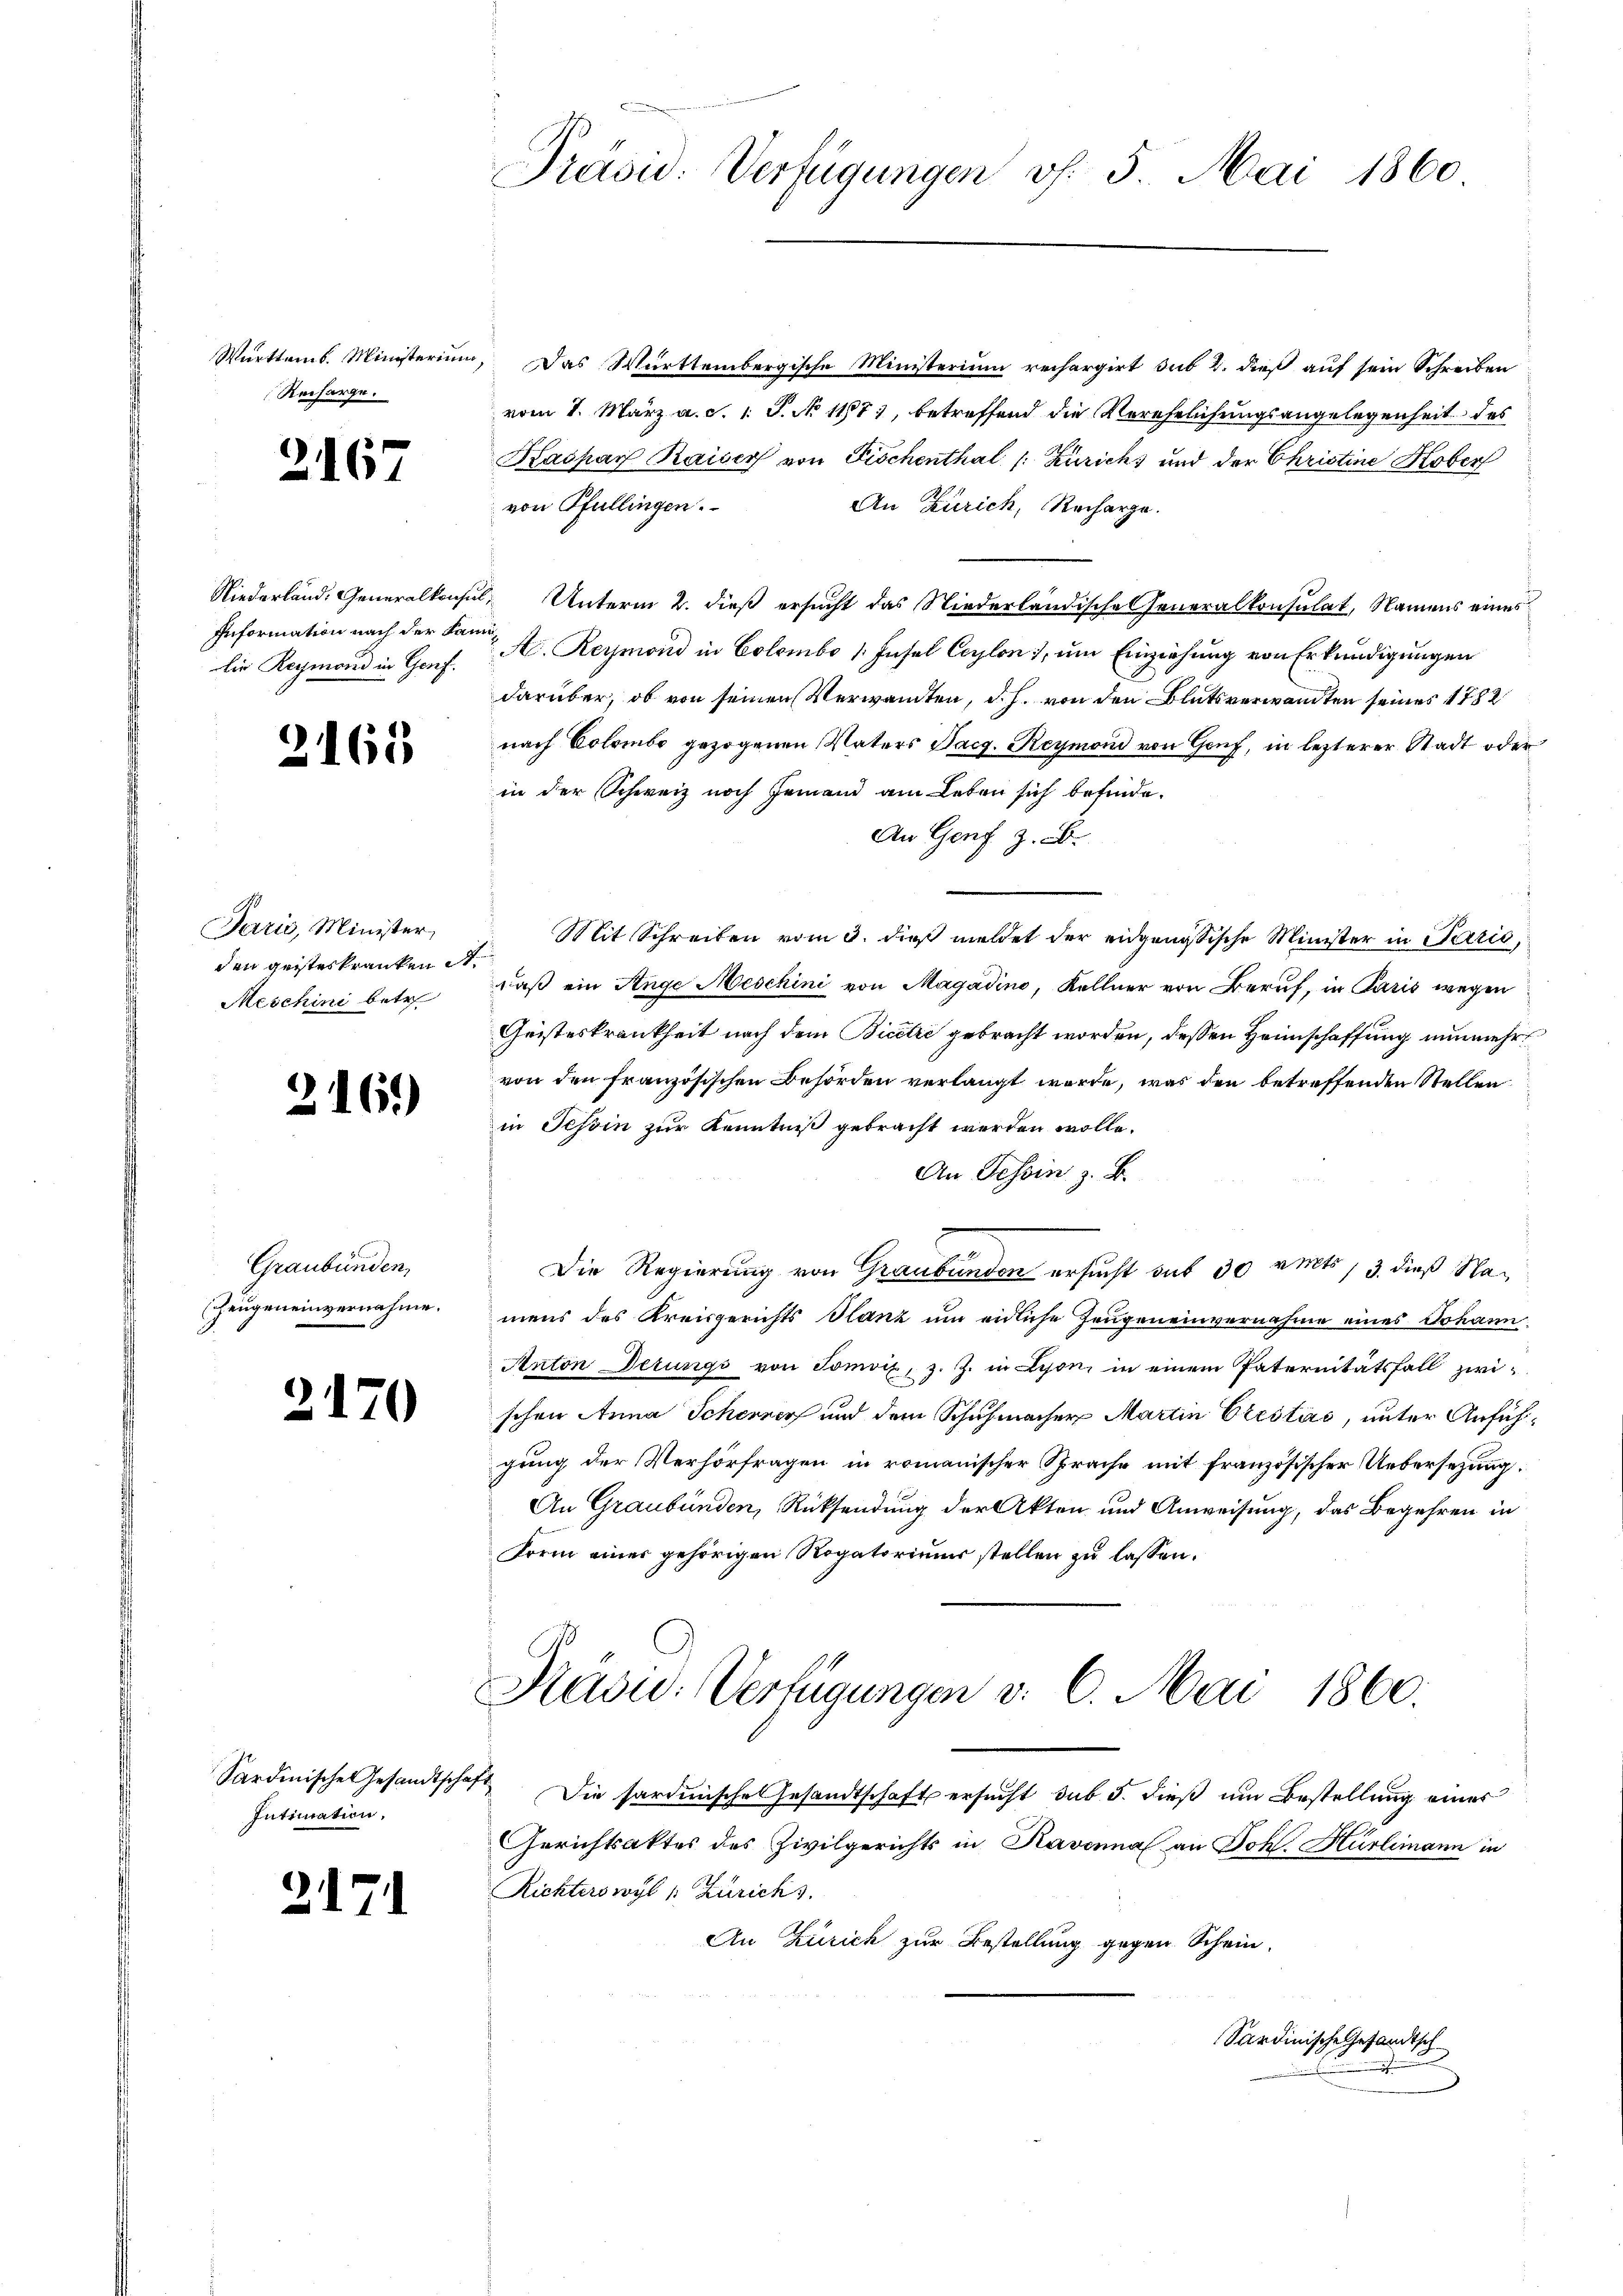
Württemb. Ministerium
Recharge.

2167

Information nach der Sanilie Reymond in Genf.

2.

165

Paris, Minister,
den geisteskranken St.
Meschini betr

216)

Graubünden,
Zeugeneinvernahme.

2170

Sardinische Gesandtschaft
Intimation,

2171

Präsid. Verfügungen v. 5. Mai 1860

Das Württembergische Ministerium rechargirt sub 2. dieß auf sein Schreiben
vom 1. März a. c. 1 S. No 1187), betreffend die Verehelichungsangelegenheit des
Kaspar Kaiser von Fischenthal /: Zurichs und der Christine Kober
von Pfullingen.
An Zürich, Recharge.
Niederland, Generalkonsul, Unterm 2. dieß ersucht das Niederländische Generalkonsulat, Namens eines
A. Reymond in Colombo 1. Insel Ceylon, um Einziehung von Erkundigungen
darüber, ob von seinen Verwandten, d. h. von den Blutsverwandten seines 1782
nach Colombe gezogenen Vaters Bach. Reymond von Genf, in lezterer Stadt oder
in der Schweiz noch Jemand am Leben sich befinde.
An Genf z. B.
Mit Schreiben vom 3. dieß meldet der eidgenössische Minister in Paris,
daß ein Ange Meschini von Magadino, Kellner von Beruf, in Paris wegen
Geisteskrankheit nach dem Bicere gebracht worden, deßen Heimschaffung nunmehrt
von den französischen Behörden verlangt werde, was den betreffenden Stellen
in Tessin zur Kenntniß gebracht werden wolle.
An Tessin z. B.
Die Regierung von Graubünden ersucht sub 30 amts, 3. dieß Namens des Kreisgerichts Stanz um eidliche Zeugeneinvernahme eines Johann
Anton Detungs von Somoix, z. Z. in Lison, in einem Paternitätsfall zwischen Anna Scherner und dem Schuhmacher Martin Crestas, unter Anfühgung der Verhörfragen in romanischer Sprache mit französischer Uebersetzung.
An Graubünden, Rücksendung der Akten und Anweisung, das Begehren in
Form einer gehörigen Rogatoriums stellen zu lassen.
Kavić-Verfügungen v. 6. Mai 1860.
Die Sardinische Gesandtschaft ersucht, sub 5. dieß um Bestellung eines
Gerichtsaktes des Zivilgerichts in Ravanna an Joh. Hürlimann in
Richterswyl 1: Zürichs.
An Zürich zur Bestellung gegen Schein.

Sardinische Gesandtsch